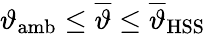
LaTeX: \begin{array}{r}{\vartheta_{\mathrm{amb}}\leq\overline{{\vartheta}}\leq\overline{{\vartheta}}_{\mathrm{HSS}}}\end{array}